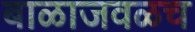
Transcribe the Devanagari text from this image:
बाळाजवळच